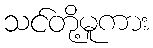
သင်တို့မူကား